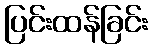
ပြင်းထန်ခြင်း